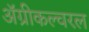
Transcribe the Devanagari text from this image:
ॲग्रीकल्चरल